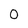
Character: 0